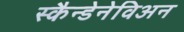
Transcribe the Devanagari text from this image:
स्कैन्डेनेविअन